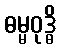
ဓမ္မဝုဒ္ဓိ